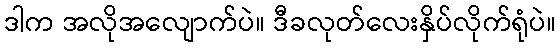
ဒါက အလိုအလျောက်ပဲ။ ဒီခလုတ်လေးနှိပ်လိုက်ရုံပဲ။